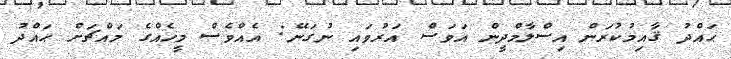
ޙައްދު ޤާއިމުކުރަން އިސްލާމްދީން އަވަސް އަރުވައި ނުގަނޭ: އެއްވެސް މީހެއްގެ މައްޗަށް ޙައްދު